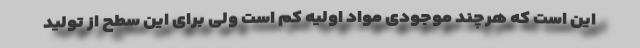
این است که هرچند موجودی مواد اولیه کم است ولی برای این سطح از تولید